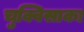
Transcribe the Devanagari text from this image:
चुक्विसाका